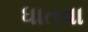
ધાતવા